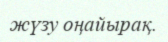
жүзу оңайырақ.